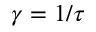
\gamma = 1 / \tau